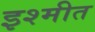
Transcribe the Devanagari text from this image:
इश्मीत